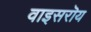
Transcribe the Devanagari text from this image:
वाइसरॊय